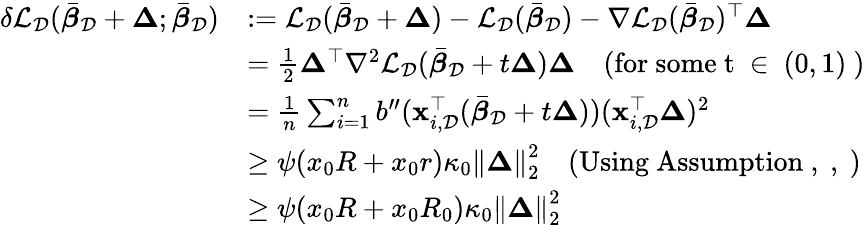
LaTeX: \begin{array}{rl}{\delta\mathcal{L}_{\mathcal{D}}(\bar{{\boldsymbol\beta}}_{\mathcal{D}}+{\boldsymbol\Delta};\bar{{\boldsymbol\beta}}_{\mathcal{D}})}&{:=\mathcal{L}_{\mathcal{D}}(\bar{{\boldsymbol\beta}}_{\mathcal{D}}+{\boldsymbol\Delta})-\mathcal{L}_{\mathcal{D}}(\bar{{\boldsymbol\beta}}_{\mathcal{D}})-\nabla\mathcal{L}_{\mathcal{D}}(\bar{{\boldsymbol\beta}}_{\mathcal{D}})^{\top}{\boldsymbol\Delta}}\\ &{=\frac{1}{2}{\boldsymbol\Delta}^{\top}\nabla^{2}\mathcal{L}_{\mathcal{D}}(\bar{{\boldsymbol\beta}}_{\mathcal{D}}+t{\boldsymbol\Delta}){\boldsymbol\Delta}\quad\mathrm{(for~some~t~\in~(0,1)~)}}\\ &{=\frac{1}{n}\sum_{i=1}^{n}b^{\prime\prime}(\mathbf{x}_{i,\mathcal{D}}^{\top}(\bar{{\boldsymbol\beta}}_{\mathcal{D}}+t{\boldsymbol\Delta}))(\mathbf{x}_{i,\mathcal{D}}^{\top}{\boldsymbol\Delta})^{2}}\\ &{\geq\psi(x_{0}R+x_{0}r)\kappa_{0}\left\| {\boldsymbol\Delta}\right\| _{2}^{2}\quad\mathrm{(Using~Assumption~,~,~)}}\\ &{\geq\psi(x_{0}R+x_{0}R_{0})\kappa_{0}\left\| {\boldsymbol\Delta}\right\| _{2}^{2}}\end{array}